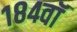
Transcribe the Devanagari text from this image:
१८४वॉ